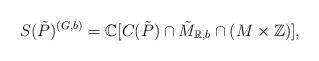
LaTeX: \begin{align*}S(\tilde P)^{(G,b)} =\mathbb C[C(\tilde P)\cap \tilde M_{\mathbb R,b}\cap (M\times \mathbb Z)],\end{align*}